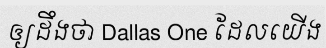
ឲ្យដឹងថា Dallas One ដែលយើង